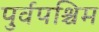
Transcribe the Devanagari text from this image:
पुर्वपश्चिम